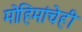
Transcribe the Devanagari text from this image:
मोहिमांचेही